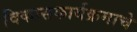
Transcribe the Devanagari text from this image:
विकासकार्यक्रमाचे